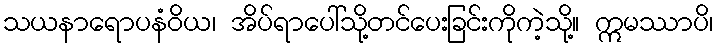
သယနာရောပနံဝိယ၊ အိပ်ရာပေါ်သို့တင်ပေးခြင်းကိုကဲ့သို့။ ဣမဿာပိ၊